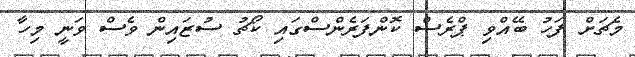
މެޗަށް ފަހު ބޭއްވި ޕްރެސް ކޮންފަރެންސްގައި ކޯޗު ސުޒައިން ވެސް ވަނީ މިހާ